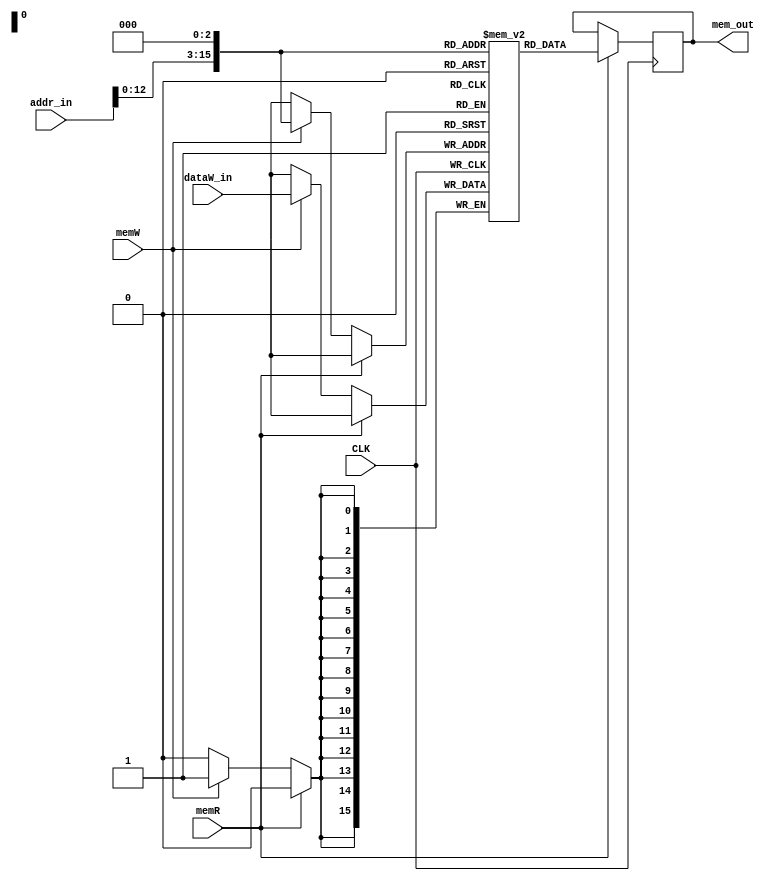
 module Memory(CLK, memW, memR, dataW_in, addr_in, mem_out);
    // Inputs
     input CLK;
     input memW;
     input memR;
     input[15:0] dataW_in;
     input[15:0] addr_in;

    // Outputs
    output[15:0] mem_out;

    // TODO: Ask Williamson if I need this
     reg[15:0] mem_out;
     wire[15:0] dataW_in;
     wire[15:0] addr_in;

    // Memory
    reg[15:0] memory[65535:0];
     always @(posedge CLK) begin
        // Memory Read
        if(memR) begin
            mem_out <= memory[addr_in << 3];
        end
        // Memory Write
        else if(memW) begin
            memory[addr_in << 3] <= dataW_in;
        end
     end
 endmodule